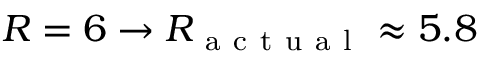
R = 6 \to R _ { \mathrm { ~ a ~ c ~ t ~ u ~ a ~ l ~ } } \approx 5 . 8